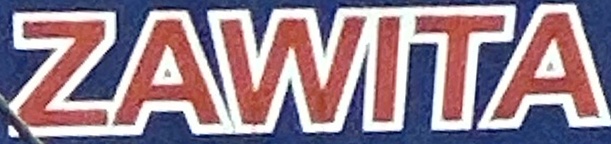
ZAWITA